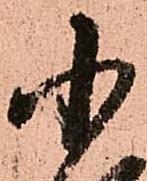
小